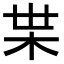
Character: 𭩠